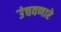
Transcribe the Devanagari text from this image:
उंचवणारे